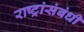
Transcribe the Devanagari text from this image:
राष्ट्रांसंबंधी